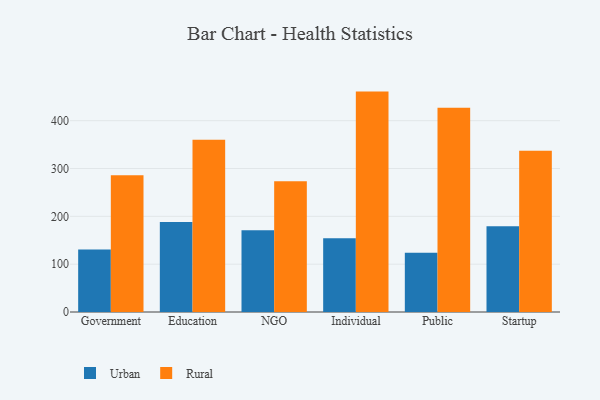
{"axis": {"x": "Segment", "y": "Bounce Rate (%)"}, "legend": ["Rural", "Urban"], "data": [{"x": "Government", "y": 130.8, "type": "Urban"}, {"x": "Government", "y": 286.0, "type": "Rural"}, {"x": "Education", "y": 188.0, "type": "Urban"}, {"x": "Education", "y": 360.0, "type": "Rural"}, {"x": "NGO", "y": 170.7, "type": "Urban"}, {"x": "NGO", "y": 273.4, "type": "Rural"}, {"x": "Individual", "y": 154.2, "type": "Urban"}, {"x": "Individual", "y": 460.8, "type": "Rural"}, {"x": "Public", "y": 123.8, "type": "Urban"}, {"x": "Public", "y": 427.2, "type": "Rural"}, {"x": "Startup", "y": 179.3, "type": "Urban"}, {"x": "Startup", "y": 337.0, "type": "Rural"}]}